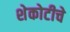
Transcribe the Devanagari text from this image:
शेकोटीचे